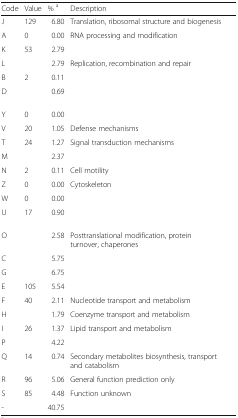
<table><thead><tr><td><b>Code</b></td><td><b>Value</b></td><td><b>% <sup>a</sup></b></td><td><b>Description</b></td></tr></thead><tbody><tr><td>J</td><td>129</td><td>6.80</td><td>Translation, ribosomal structure and biogenesis</td></tr><tr><td>A</td><td>0</td><td>0.00</td><td>RNA processing and modification</td></tr><tr><td>K</td><td>53</td><td>2.79</td><td>[EMPTY_CELL]</td></tr><tr><td>L</td><td>[EMPTY_CELL]</td><td>2.79</td><td>Replication, recombination and repair</td></tr><tr><td>B</td><td>2</td><td>0.11</td><td>[EMPTY_CELL]</td></tr><tr><td>D</td><td>[EMPTY_CELL]</td><td>0.69</td><td>[EMPTY_CELL]</td></tr><tr><td>Y</td><td>0</td><td>0.00</td><td>[EMPTY_CELL]</td></tr><tr><td>V</td><td>20</td><td>1.05</td><td>Defense mechanisms</td></tr><tr><td>T</td><td>24</td><td>1.27</td><td>Signal transduction mechanisms</td></tr><tr><td>M</td><td>[EMPTY_CELL]</td><td>2.37</td><td>[EMPTY_CELL]</td></tr><tr><td>N</td><td>2</td><td>0.11</td><td>Cell motility</td></tr><tr><td>Z</td><td>0</td><td>0.00</td><td>Cytoskeleton</td></tr><tr><td>W</td><td>0</td><td>0.00</td><td>[EMPTY_CELL]</td></tr><tr><td>U</td><td>17</td><td>0.90</td><td>[EMPTY_CELL]</td></tr><tr><td>O</td><td>[EMPTY_CELL]</td><td>2.58</td><td>Posttranslational modification, protein turnover, chaperones</td></tr><tr><td>C</td><td>[EMPTY_CELL]</td><td>5.75</td><td>[EMPTY_CELL]</td></tr><tr><td>G</td><td>[EMPTY_CELL]</td><td>6.75</td><td>[EMPTY_CELL]</td></tr><tr><td>E</td><td>105</td><td>5.54</td><td>[EMPTY_CELL]</td></tr><tr><td>F</td><td>40</td><td>2.11</td><td>Nucleotide transport and metabolism</td></tr><tr><td>H</td><td>[EMPTY_CELL]</td><td>1.79</td><td>Coenzyme transport and metabolism</td></tr><tr><td>I</td><td>26</td><td>1.37</td><td>Lipid transport and metabolism</td></tr><tr><td>P</td><td>[EMPTY_CELL]</td><td>4.22</td><td>[EMPTY_CELL]</td></tr><tr><td>Q</td><td>14</td><td>0.74</td><td>Secondary metabolites biosynthesis, transport and catabolism</td></tr><tr><td>R</td><td>96</td><td>5.06</td><td>General function prediction only</td></tr><tr><td>S</td><td>85</td><td>4.48</td><td>Function unknown</td></tr><tr><td>-</td><td>[EMPTY_CELL]</td><td>40.75</td><td>[EMPTY_CELL]</td></tr></tbody></table>